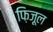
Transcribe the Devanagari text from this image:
फ़िज़ूल